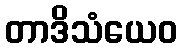
တာဒိသံယေဝ